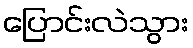
ပြောင်းလဲသွား